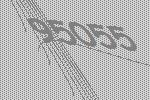
95055